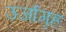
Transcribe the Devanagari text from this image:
उर्जागृह